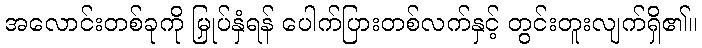
အလောင်းတစ်ခုကို မြှုပ်နှံရန် ပေါက်ပြားတစ်လက်နှင့် တွင်းတူးလျက်ရှိ၏။